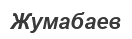
Жумабаев